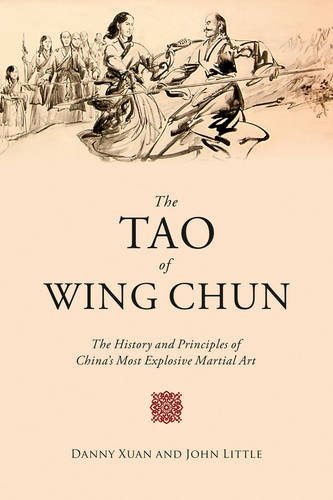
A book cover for The Tao of Wing Chun: The History and Principles of ChinaEEs Most Explosive Martial Art; John Little; Sports & Outdoors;